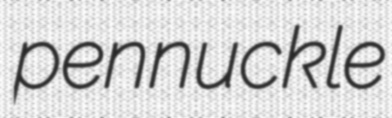
pennuckle